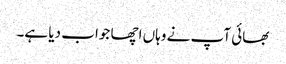
بھائی آپ نے وہاں اچھا جواب دیا ہے۔